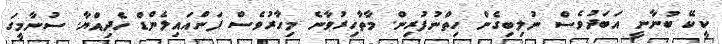
ކީކޭ ބުނާނީ އަބަދުވެސް ނުލިބިގެން ހިތްނުފުރިން. މާތާހިރުވާނެ މިހާރުވެސް ފަންއައިލެންޑް ހެދިއްޔާ. ސުނާމީގަ